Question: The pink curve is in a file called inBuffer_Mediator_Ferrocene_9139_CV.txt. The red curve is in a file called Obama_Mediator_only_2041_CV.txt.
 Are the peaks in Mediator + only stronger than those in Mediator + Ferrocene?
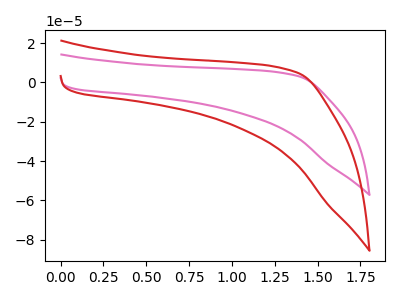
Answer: <think>The pink curve "Mediator + Ferrocene" has no peaks. The red curve "Mediator + only" has no peaks.</think>
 <answer>Niether CV has any peaks.</answer>
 <eval>blanks</eval>